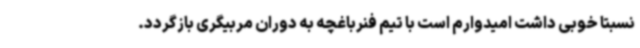
نسبتا خوبی داشت امیدوارم است با تیم فنرباغچه به دوران مربیگری بازگردد.